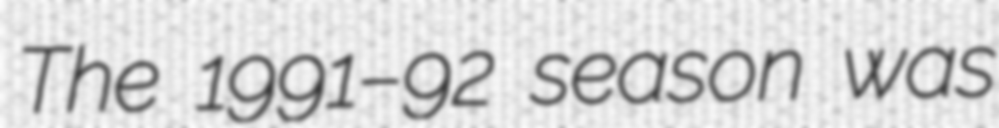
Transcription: The 1991–92 season was